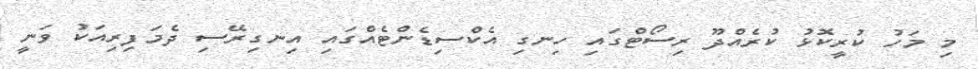
މި މަހު ކުރީކޮޅު ކުރެއްދޫ ރިސޯޓްގައި ހިނގި އެކްސިޑެންޓެއްގައި އިނގިރޭސި ދެމަފިރިއަކު ވަނީ